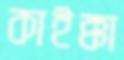
কাইক্কা